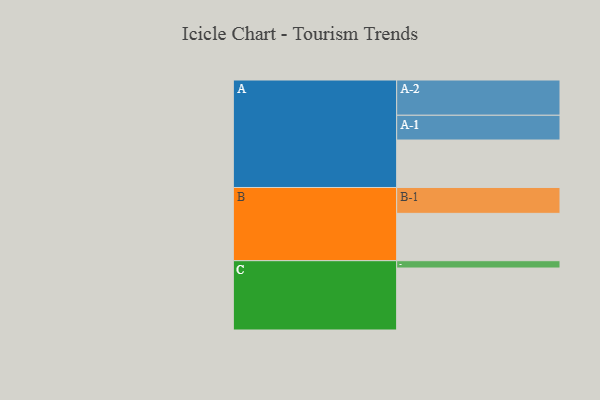
{"axis": {"x": "Segment", "y": "Value"}, "legend": ["", "A", "B", "C"], "data": [{"x": "A", "y": 389, "type": ""}, {"x": "B", "y": 388, "type": ""}, {"x": "C", "y": 508, "type": ""}, {"x": "A-1", "y": 203, "type": "A"}, {"x": "A-2", "y": 289, "type": "A"}, {"x": "B-1", "y": 212, "type": "B"}, {"x": "C-1", "y": 60, "type": "C"}]}